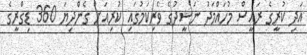
އަދި ކުރީގެ ރައީސް މުހައްމަދު ނަޝީދުގެ ވެރިކަމުގައި ކުރިއަށް ގެންދިޔަ 360 ޑިގްރީގެ